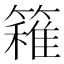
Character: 𥴢